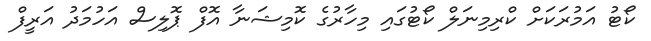
ކޯޓު އަމުރަކަށް ކްރިމިނަލް ކޯޓުގައި މިހާރުގެ ކޮމިޝަނާ އޮފް ޕޮލިސް އަހުމަދު އަރީފް